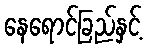
နေရောင်ခြည်နှင့်